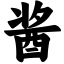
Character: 酱